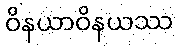
ဝိနယာဝိနယဿ